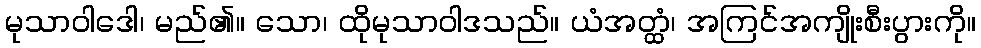
မုသာဝါဒေါ၊ မည်၏။ သော၊ ထိုမုသာဝါဒသည်။ ယံအတ္ထံ၊ အကြင်အကျိုးစီးပွားကို။